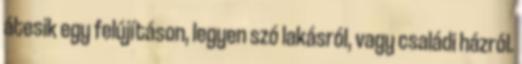
átesik egy felújításon, legyen szó lakásról, vagy családi házról.